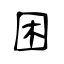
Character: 困